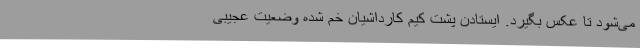
می‌شود تا عکس بگیرد. ایستادن پشتِ کیم کارداشیانِ خم شده وضعیت عجیبی